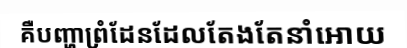
គឺបញ្ហាព្រំដែនដែលតែងតែនាំអោយ